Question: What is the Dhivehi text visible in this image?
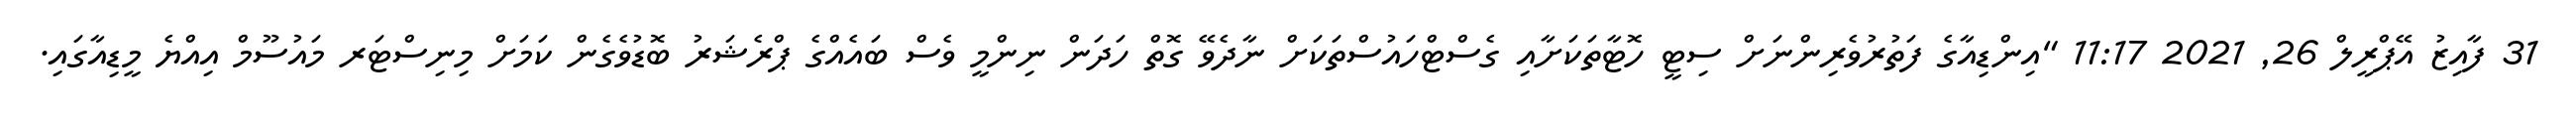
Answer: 31 ފާއިޒު އޭޕްރީލް 26, 2021 11:17 "އިންޑިއާގެ ފަތުރުވެރިންނަށް ސިޓީ ހޮޓާތަކަށާއި ގެސްޓްހައުސްތަކަށް ނާދެވޭ ގޮތް ހަދަން ނިންމީ ވެސް ބައެއްގެ ޕްރެޝަރު ބޮޑުވެގެން ކަމަށް މިނިސްޓަރ މައުސޫމް އިއްޔެ މީޑިއާގައި.